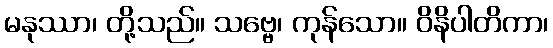
မနုဿာ၊ တို့သည်။ သဗ္ဗေ၊ ကုန်သော။ ဝိနိပါတိကာ၊